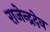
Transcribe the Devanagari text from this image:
राजेन्द्रदेव